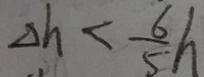
\Delta h < \frac { 6 } { 5 } h